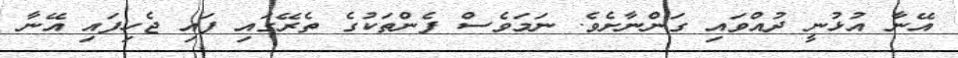
އޭނާ އުޅުނީ ދުއްވައި ގަންނާށެވެ. ނަމަވެސް ފެންތަކުގެ ތެރޭގައި ފައި ޖެހިފައި އޭނާ